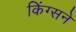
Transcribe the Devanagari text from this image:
किंग्सने